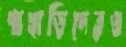
পাহাড়িদেরও